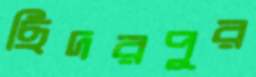
ছিদরপুর